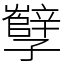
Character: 孼